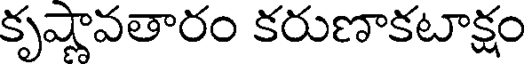
కృష్ణావతారం కరుణాకటాక్షం